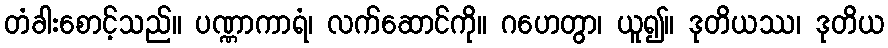
တံခါးစောင့်သည်။ ပဏ္ဏာကာရံ၊ လက်ဆောင်ကို။ ဂဟေတွာ၊ ယူ၍။ ဒုတိယဿ၊ ဒုတိယ